38_143685_box_Incident_Summaries_101-172
Agency: Department of War
Page 79
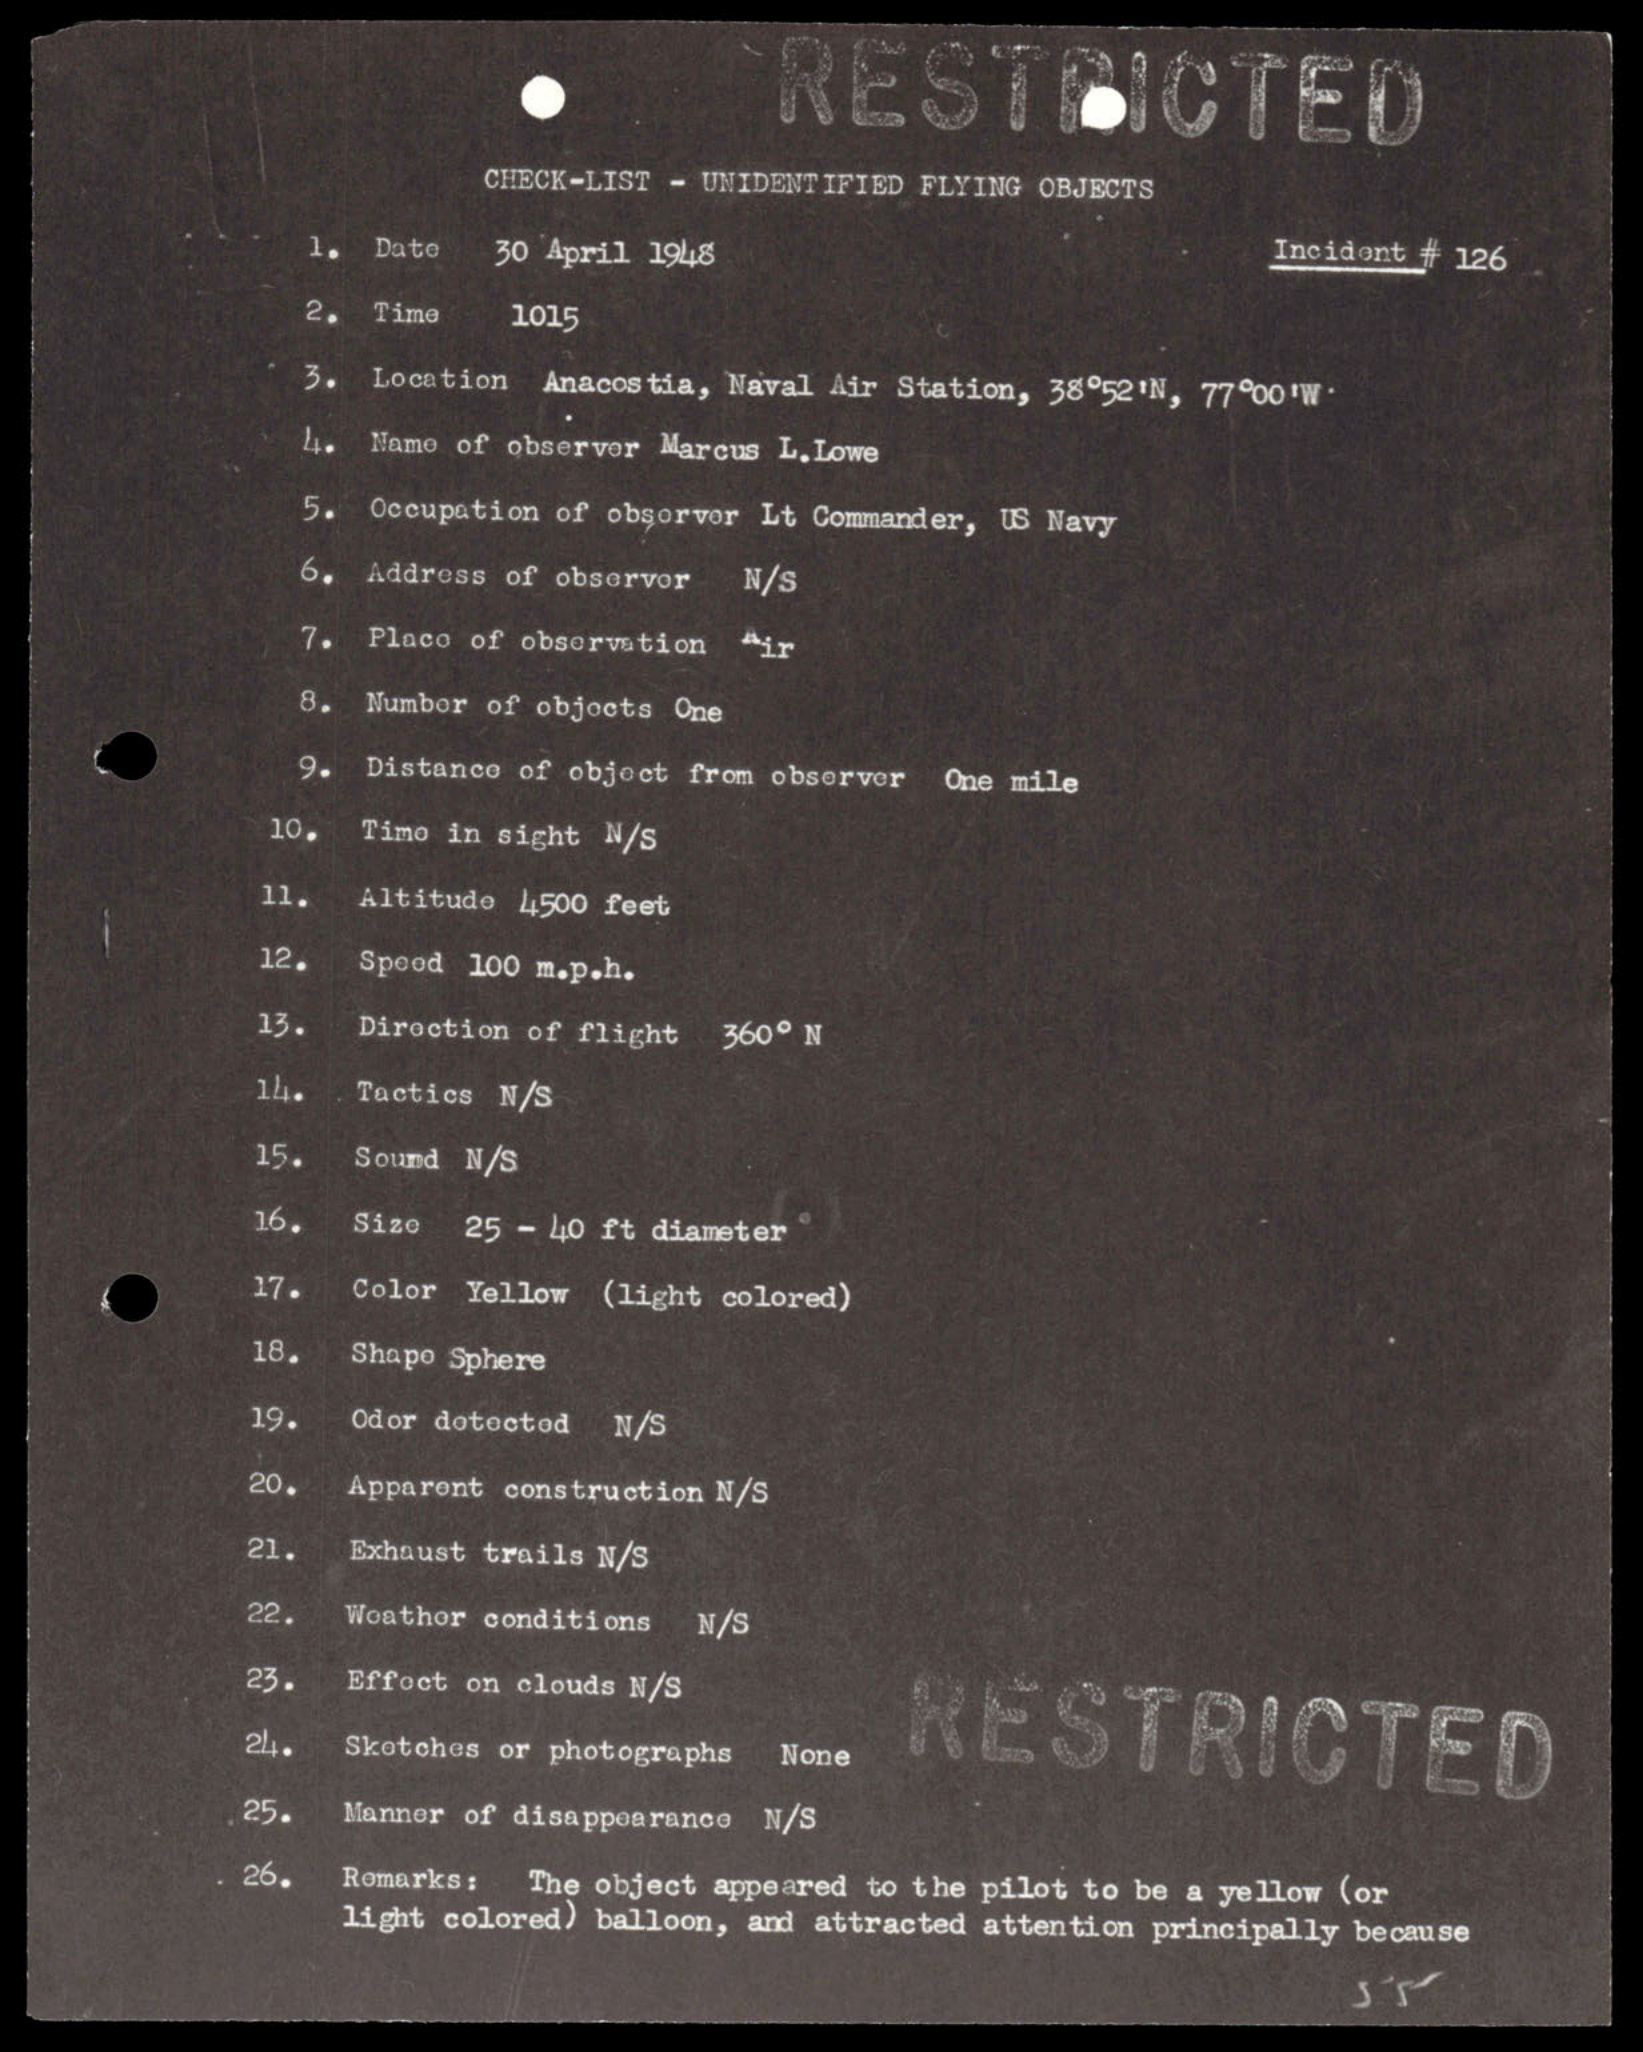